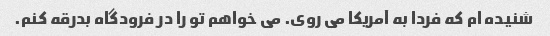
شنیده ام که فردا به آمریکا می روی. می خواهم تو را در فرودگاه بدرقه کنم.